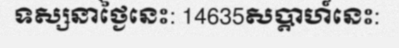
ទស្សនាថ្ងៃនេះ: 14635សប្តាហ៍នេះ: